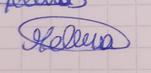
Signature authenticity: genuine